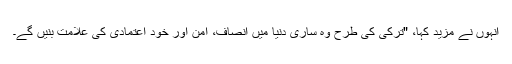
انہوں نے مزید کہا، "ترکی کی طرح وہ ساری دنیا میں انصاف، امن اور خود اعتمادی کی علامت بنیں گے۔